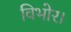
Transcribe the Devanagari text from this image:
विभोर।